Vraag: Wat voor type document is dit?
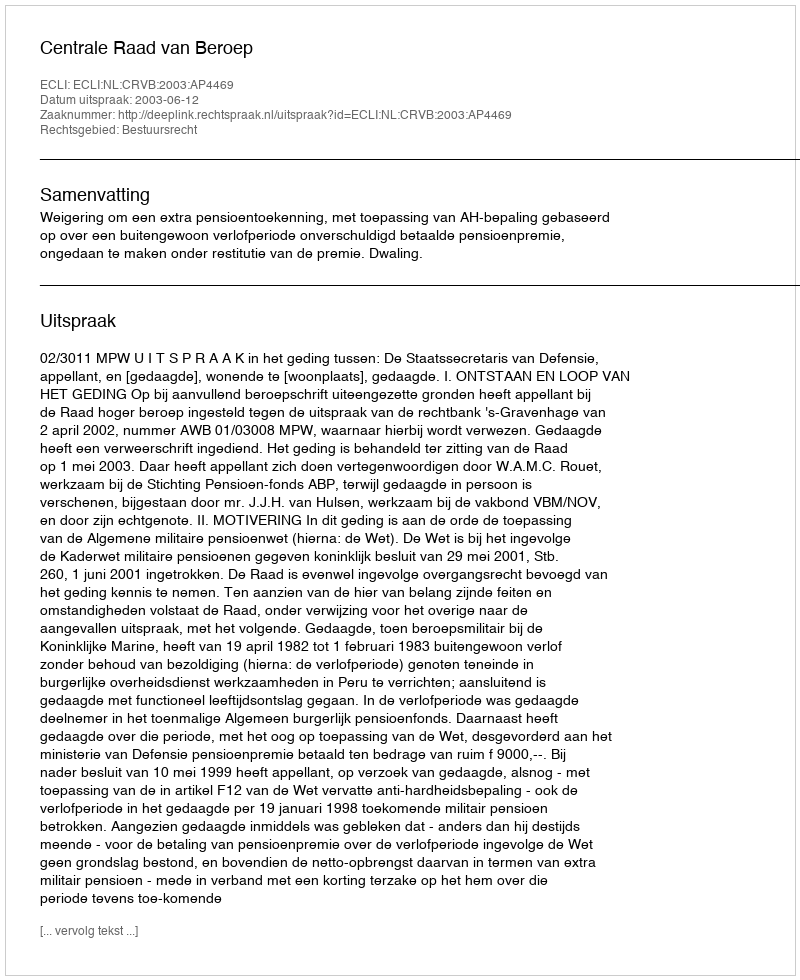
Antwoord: Uitspraak